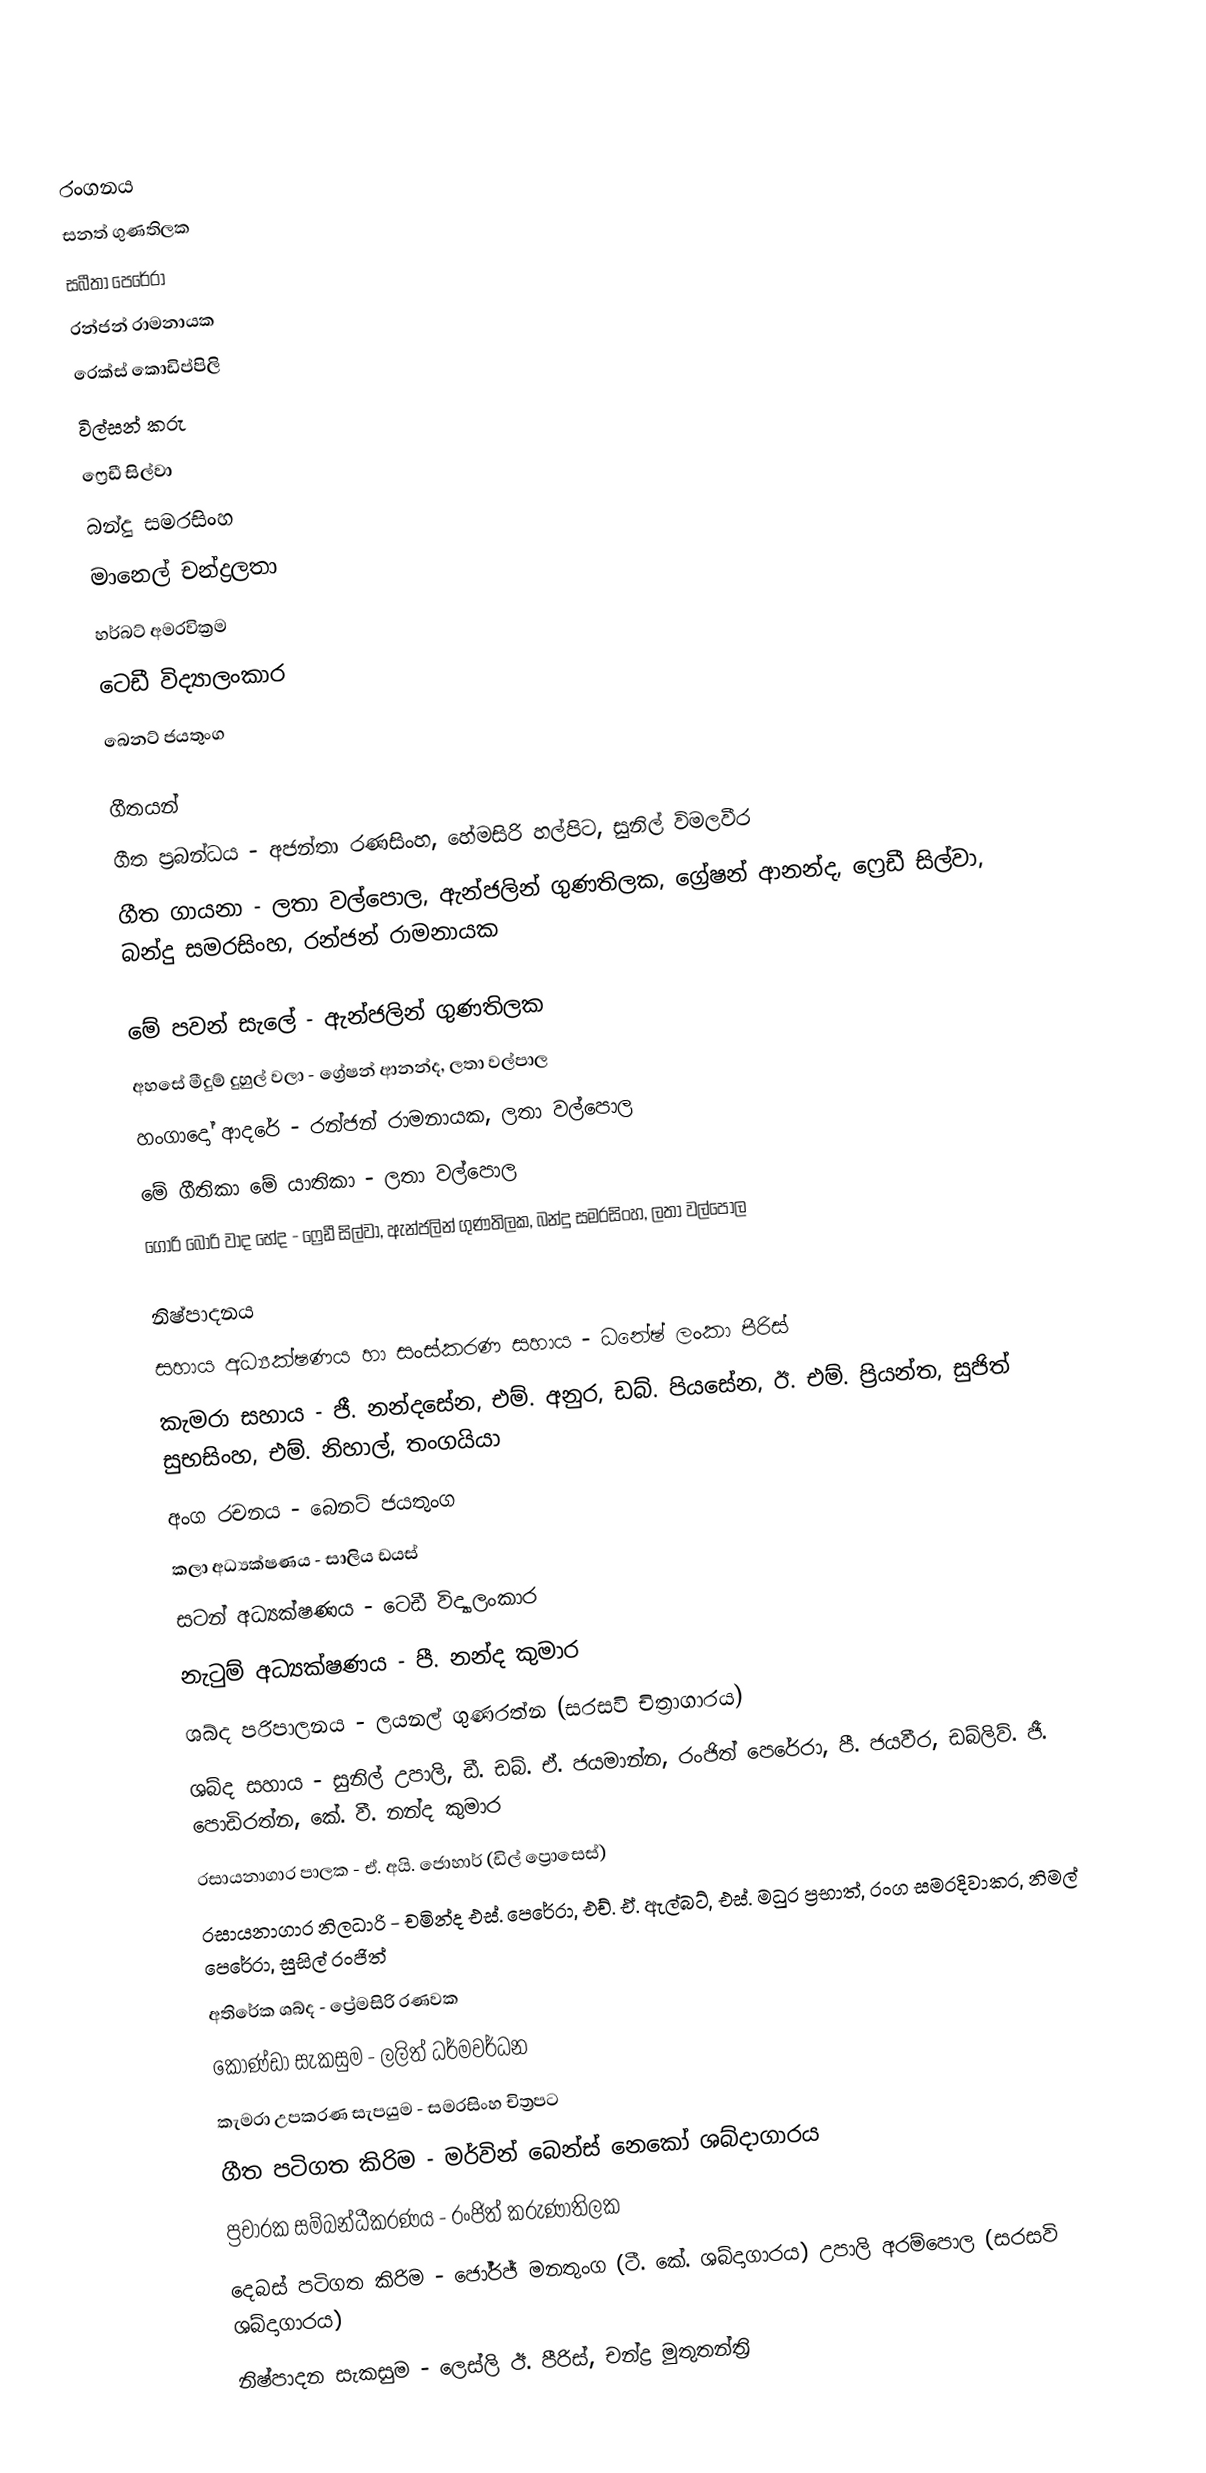

රංගනය
සනත් ගුණතිලක
සබීතා පෙරේරා
රන්ජන් රාමනායක
රෙක්ස් කොඩිප්පිලි
විල්සන් කරු
ෆ්‍රෙඩී සිල්වා
බන්දු සමරසිංහ
මානෙල් චන්ද්‍රලතා
හර්බට් අමරවික්‍රම
ටෙඩී විද්‍යාලංකාර
බෙනට් ජයතුංග

ගීතයන්
ගීත ප්‍රබන්ධය - අජන්තා රණසිංහ, හේමසිරි හල්පිට, සුනිල් විමලවීර
ගීත ගායනා - ලතා වල්පොල, ඇන්ජලින් ගුණතිලක, ග්‍රේෂන් ආනන්ද, ෆ්‍රෙඩී සිල්වා, බන්දු සමරසිංහ, රන්ජන් රාමනායක

මේ පවන් සැලේ - ඇන්ජලින් ගුණතිලක
අහසේ මීදුම් දුහුල් වලා - ග්‍රේෂන් ආනන්ද, ලතා වල්පාල
හංගාදෝ ආදරේ - රන්ජන් රාමනායක, ලතා වල්පොල
මේ ගීතිකා මේ යාතිකා - ලතා වල්පොල
ගෝරි බෝරි වාද භේද - ෆ්‍රෙඩී සිල්වා, ඇන්ජලින් ගුණතිලක, බන්දු සමරසිංහ, ලතා වල්පොල

නිෂ්පාදනය
සහාය අධ්‍යක්ෂණය හා සංස්කරණ සහාය - ධනේෂ් ලංකා පීරිස්
කැමරා සහාය - ජී. නන්දසේන, එම්. අනුර, ඩබ්. පියසේන, ඊ. එම්. ප්‍රියන්ත, සුජිත් සුභසිංහ, එම්. නිහාල්, තංගයියා
අංග රචනය - බෙනට් ජයතුංග
කලා අධ්‍යක්ෂණය - සාලිය ඩයස්
සටන් අධ්‍යක්ෂණය - ටෙඩී විද්‍යාලංකාර
නැටුම් අධ්‍යක්ෂණය - පී. නන්ද කුමාර
ශබ්ද පරිපාලනය - ලයනල් ගුණරත්න (සරසවි චිත්‍රාගාරය)
ශබ්ද සහාය - සුනිල් උපාලි, ඩී. ඩබ්. ඒ. ජයමාන්න, රංජිත් පෙරේරා, පී. ජයවීර, ඩබ්ලිව්. ජී. පොඩිරත්න, කේ. වී. නන්ද කුමාර
රසායනාගාර පාලක - ඒ. අයි. ජොහාර් (ඩිල් ප්‍රොසෙස්)
රසායනාගාර නිලධාරි - චමින්ද එස්. පෙරේරා, එච්. ඒ. ඇල්බට්, එස්. මධුර ප්‍රභාත්, රංග සමරදිවාකර, නිමල් පෙරේරා, සුසිල් රංජිත්
අතිරේක ශබ්ද - ප්‍රේමසිරි රණවක
කොණ්ඩා සැකසුම - ලලිත් ධර්මවර්ධන
කැමරා උපකරණ සැපයුම - සමරසිංහ චිත්‍රපට
ගීත පටිගත කිරිම - මර්වින් බෙන්ස් නෙකෝ ශබ්දාගාරය
ප්‍රචාරක සම්බන්ධීකරණය - රංජිත් කරුණාතිලක
දෙබස් පටිගත කිරිම - ජෝර්ජ් මනතුංග (ටී. කේ. ශබ්දාගාරය) උපාලි අරම්පොල (සරසවි ශබ්දාගාරය)
නිෂ්පාදන සැකසුම - ලෙස්ලි ඊ. පීරිස්, චන්ද්‍ර මුතුතන්ත්‍රි